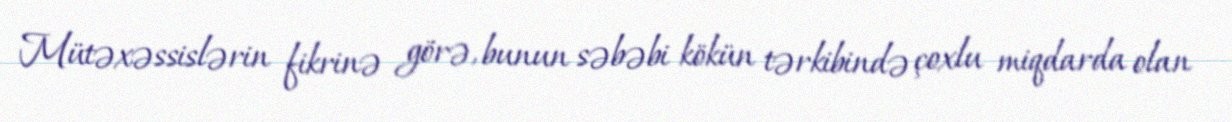
Mütəxəssislərin fikrinə görə, bunun səbəbi kökün tərkibində çoxlu miqdarda olan